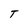
Character: T